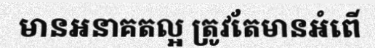
មានអនាគតល្អ ត្រូវតែមានអំពើ